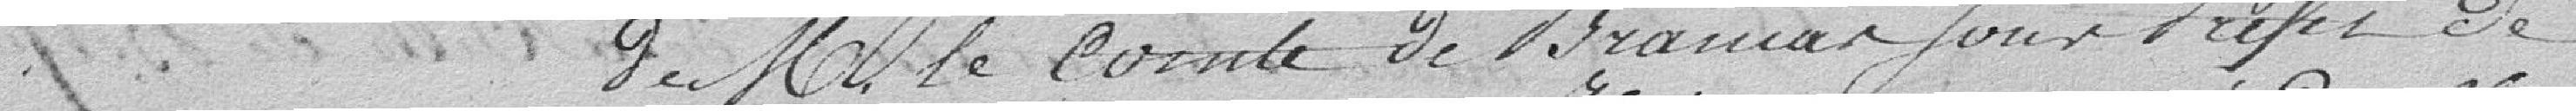
de M le Comte de Bramar pour Préfet de